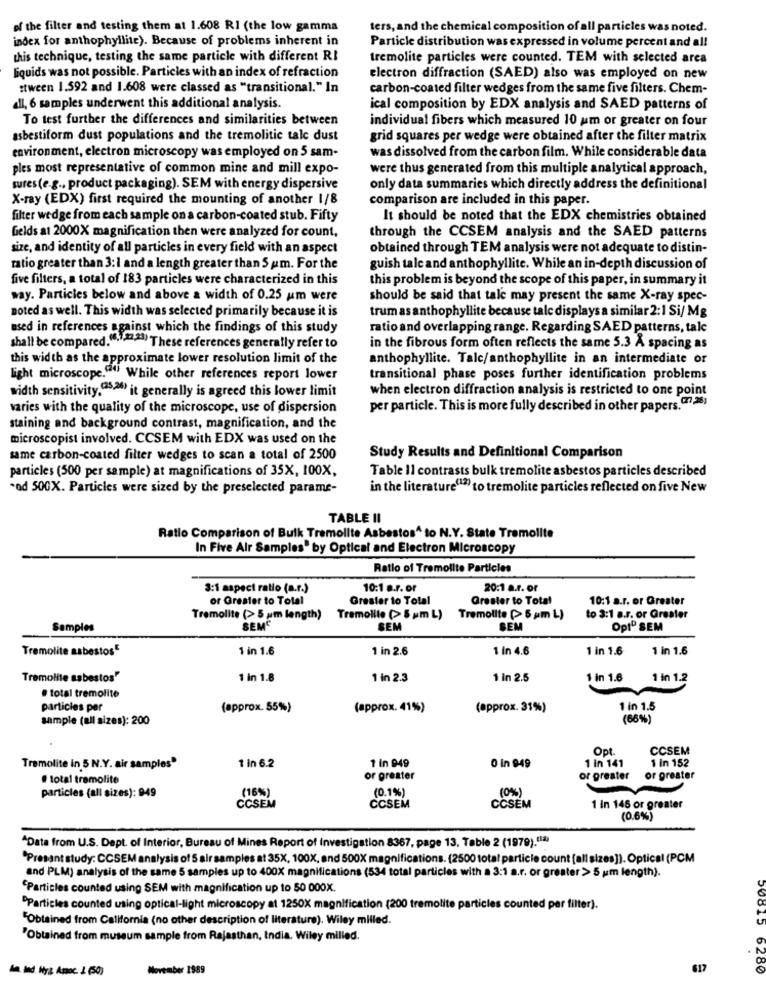
of the filter and testing them at 1.608 RI (the low gamma
ters, and the chemical composition of all particles was noted.
index for anthophyllite). Because of problems inherent in
Particle distribution was expressed in volume percent and all
this technique, testing the same particle with different RI
tremolite particles were counted. TEM with selected arca
liquids was not possible. Particles with an index of refraction
electron diffraction (SAED) also was employed on new
:tween 1.592 and 1.608 were classed as "transitional." In
carbon-coated filter wedges from the same five filters. Chem-
dl, 6 samples underwent this additional analysis.
ical composition by EDX analysis and SAED patterns of
To test further the differences and similarities between
individual fibers which measured 10 um or greater on four
asbestiform dust populations and the tremolitic tale dust
grid squares per wedge were obtained after the filter matrix
environment, electron microscopy was employed on 5 sam-
was dissolved from the carbon film. While considerable data
ples most representative of common mine and mill expo-
were thus generated from this multiple analytical approach,
sures(e.g ., product packaging). SEM with energy dispersive
only data summaries which directly address the definitional
X-ray (EDX) first required the mounting of another 1/8
comparison are included in this paper.
filter wedge from each sample on a carbon-coated stub. Fifty
It should be noted that the EDX chemistries obtained
fields at 2000X magnification then were analyzed for count,
through the CCSEM analysis and the SAED patterns
size, and identity of all particles in every field with an aspect
obtained through TEM analysis were not adequate to distin-
ratio greater than 3: 1 and a length greater than S um. For the
guish tale and anthophyllite. While an in-depth discussion of
five filters, a total of 183 particles were characterized in this
this problem is beyond the scope of this paper, in summary it
way. Particles below and above & width of 0.25 um were
should be said that tale may present the same X-ray spec-
noted as well. This width was selected primarily because it is
trum as anthophyllite because tale displays a similar 2:1 Si/ Mg
used in references against which the findings of this study
ratio and overlapping range. Regarding SAED patterns, tale
shall be compared.(, , 22,23) These references generally refer to
in the fibrous form often reflects the same 5.3 A spacing as
this width as the approximate lower resolution limit of the
anthophyllite. Talc/anthophyllite in an intermediate or
light microscope."") While other references report lower
transitional phase poses further identification problems
width sensitivity.(25,24) it generally is agreed this lower limit
when electron diffraction analysis is restricted to one point
varies with the quality of the microscope, use of dispersion
per particle. This is more fully described in other papers.(7)
staining and background contrast, magnification, and the
microscopist involved. CCSEM with EDX was used on the
same carbon-coated filter wedges to scan a total of 2500
Study Results and Definitional Comparison
particles (500 per sample) at magnifications of 35X, 100X,
Table Il contrasts bulk tremolite asbestos particles described
-od 500X. Particles were sized by the preselected parame-
in the literature(12) to tremolite particles reflected on five New
TABLE II
Ratio Comparison of Bulk Tremolite Asbestos^ to N.Y. State Tremolite
In Five Alr Samples" by Optical and Electron Microscopy
Ratio of Tremolite Particles
3:1 aspect ratio (a.r.)
10:1 a.r. or
20:1 a.r. or
or Greater to Total
Grester to Total
Grester to Total
10:1 a.r. or Greater
Tremolite (> 5 um length)
Tremolite (> 5 um L)
Tremolite (> 5 pm L)
to 3:1 a.r. or Greater
Samples
SEMG
SEM
SEM
Opt" SEM
Tremolite asbestos"
1 in 1.6
1 in 2.6
1 In 4.6
1 in 1.6
1 in 1.6
Tremolite asbestos"
1 in 1.8
1 in 2.3
1 in 2.5
1 In 1.6
1 in 1.2
# total tremolite
particles per
(approx. 55%)
(approx. 41%)
(approx. 31%)
1 in 1.5
sample (all sizes): 200
(66%%)
Opt.
CCSEM
1 in 949
1 in 152
Tramolite in 5 N.Y. air samples"
1 in 6.2
0 in 949
1 In 141
# total tramolite
or greater
or greater
or greater
(16%)
(0.1%)
(0%)
particles (all sizes): 949
CCSEM
CCSEM
CCSEM
1 In 146 or greater
(0.6%)
*Data from U.S. Dept. of Interior, Bureau of Mines Report of Investigation 8367, page 13. Table 2 (1979)."12)
"Present study: CCSEM analysis of 5 air samples at 35X, 100X, and 500X magnifications. (2500 total particle count [all sizes]). Optical (PCM
and PLM) analysis of the same 5 samples up to 400X magnifications (534 total particles with a 3:1 a.r. or greater > 5 um length).
"Particles counted using SEM with magnification up to 50 000X.
Particles counted using optical-light microscopy at 1250X magnification (200 tremolite particles counted per filter).
"Obtained from California (no other description of literature). Wiley milled.
"Obtained from museum sample from Rajasthan, India. Wiley milled.
Ind Hyg Amoc. 1 (50)
November 1989
617
0815 6280